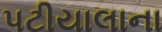
પટીયાલાના